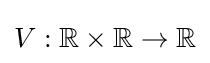
V:\mathbb {R} \times \mathbb {R} \to \mathbb {R}